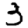
Digit: 3